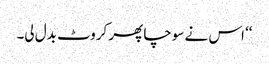
‘‘ اس نے سوچا پھر کروٹ بدل لی۔